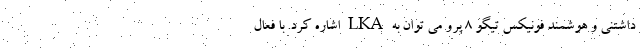
داشتنی و هوشمند فونیکس تیگو 8 پرو می توان به LKA اشاره کرد. با فعال